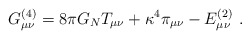
\begin{align*}G^{(4)}_{\mu\nu} = 8\pi G_N T_{\mu\nu} + \kappa^4 \pi_{\mu\nu} - E^{(2)}_{\mu\nu} \ .\end{align*}